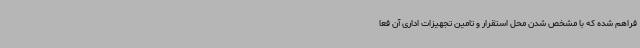
فراهم شده که با مشخص شدن محل استقرار و تامین تجهیزات اداری آن فعا